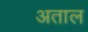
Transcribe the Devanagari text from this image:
अताल